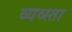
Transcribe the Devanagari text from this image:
व्यव्स्ता